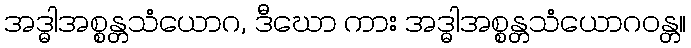
အဒ္ဓါအစ္စန္တသံယောဂ, ဒီဃော ကား အဒ္ဓါအစ္စန္တသံယောဂဝန္တ။